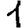
Digit: 1